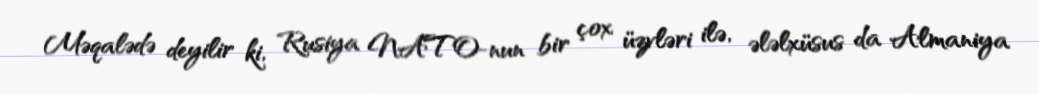
Məqalədə deyilir ki, Rusiya NATO-nun bir çox üzvləri ilə, ələlxüsus da Almaniya